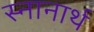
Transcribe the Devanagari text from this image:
स्‍नानार्थ